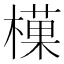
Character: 𪳰